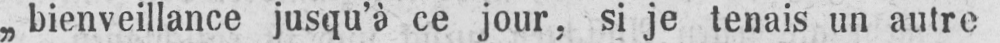
„bienveillance jusqu’à ce jour, si je tenais un autre